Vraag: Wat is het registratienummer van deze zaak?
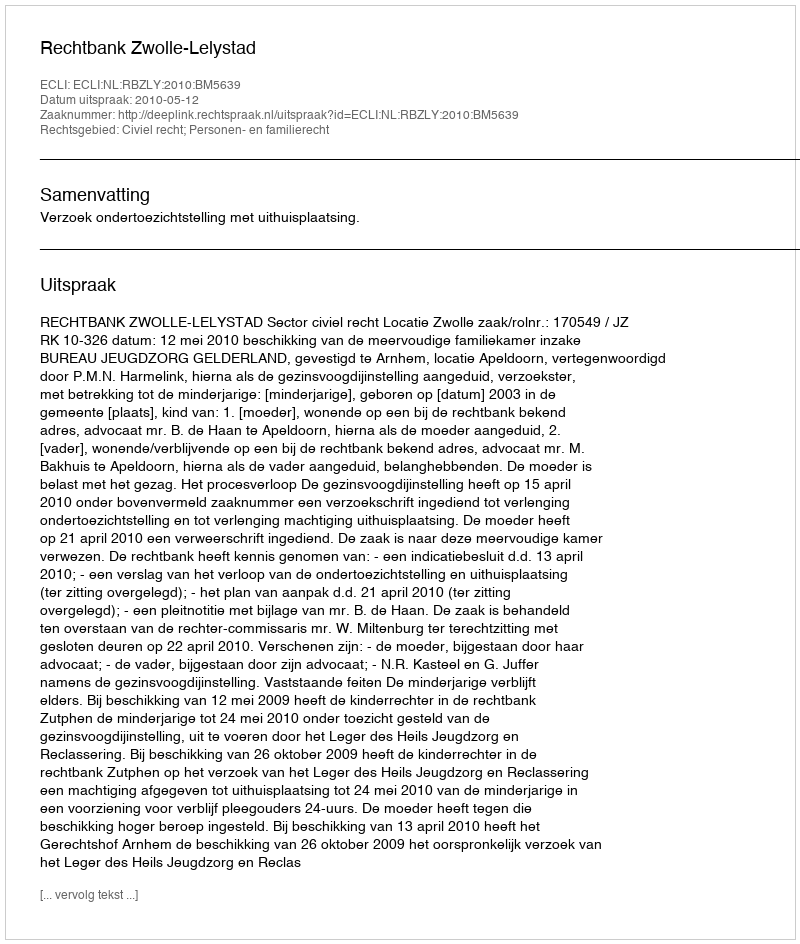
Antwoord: http://deeplink.rechtspraak.nl/uitspraak?id=ECLI:NL:RBZLY:2010:BM5639